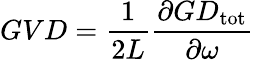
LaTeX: GVD=\frac{1}{2L}\frac{\partial GD_{\mathrm{tot}}}{\partial\omega}